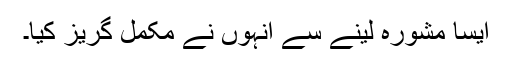
ایسا مشورہ لینے سے انہوں نے مکمل گریز کیا۔